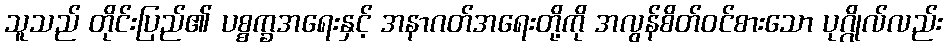
သူသည် တိုင်းပြည်၏ ပစ္စက္ခအရေးနှင့် အနာဂတ်အရေးတို့ကို အလွန်စိတ်ဝင်စားသော ပုဂ္ဂိုလ်လည်း